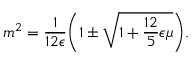
m ^ { 2 } = \frac { 1 } { 1 2 \epsilon } \biggl ( 1 \pm \sqrt { 1 + \frac { 1 2 } { 5 } \epsilon \mu } \biggr ) .